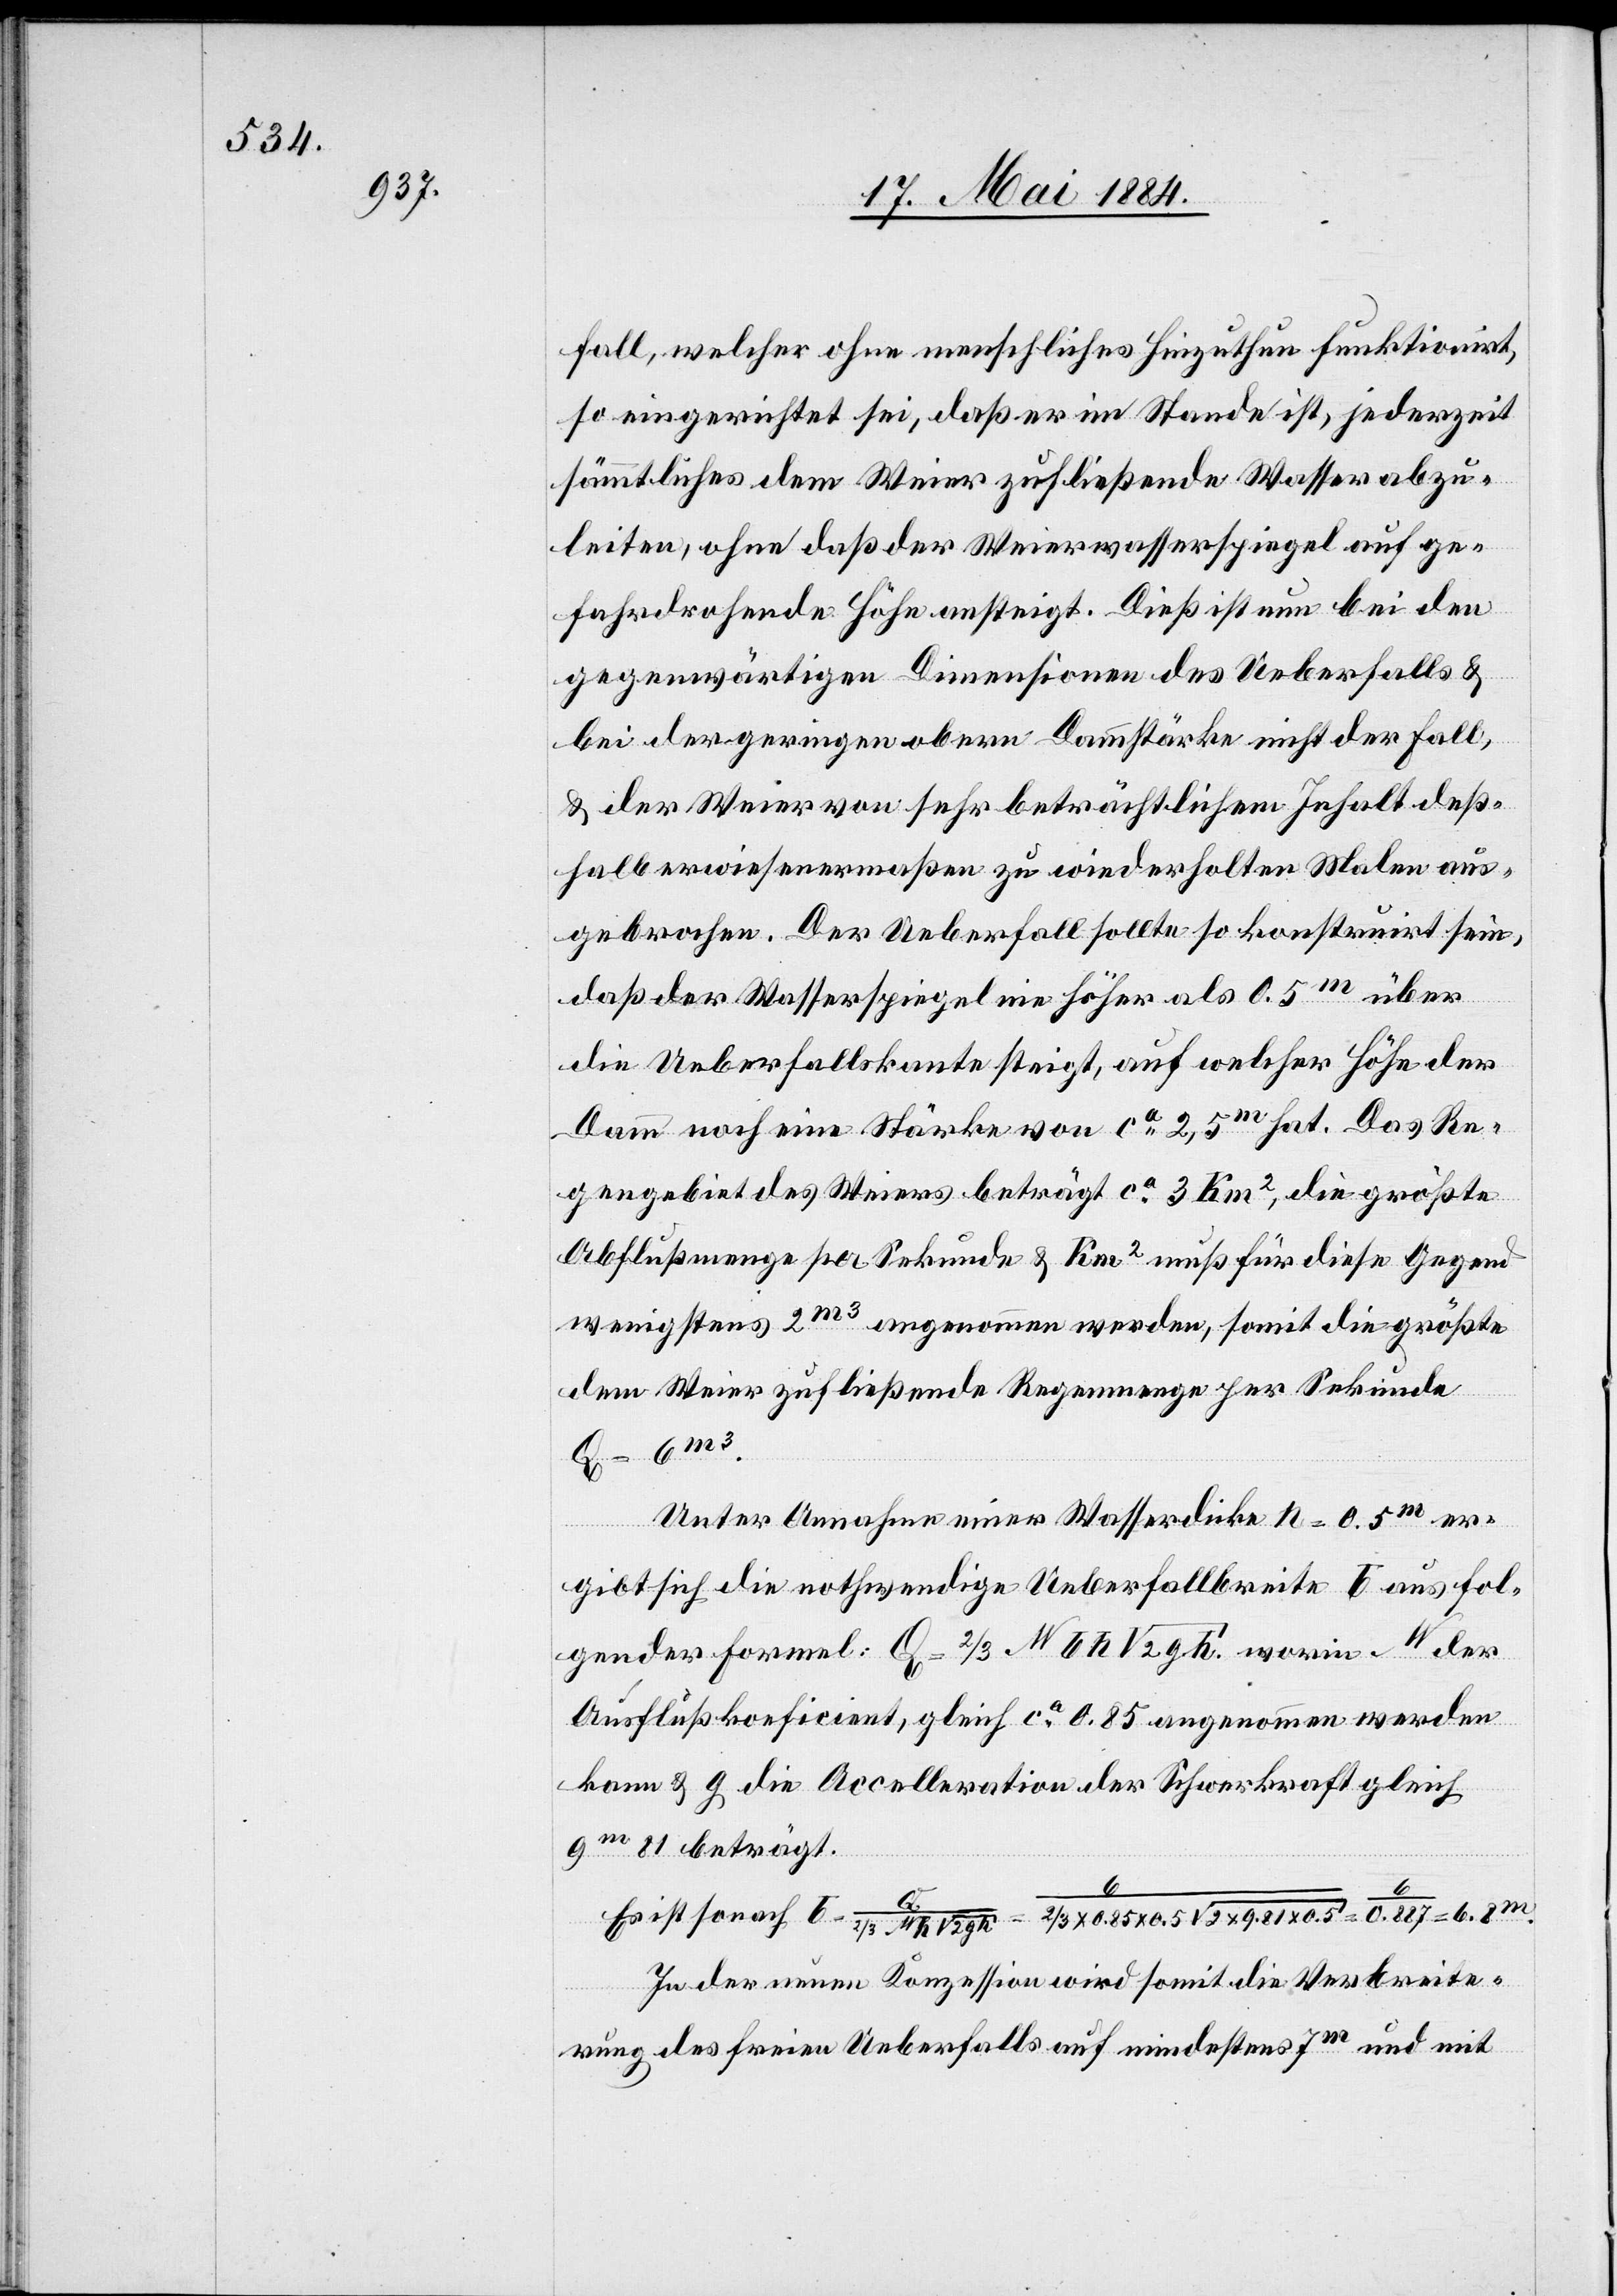
fall, welcher ohne menschliches Hinzuthun funktionirt,
so eingerichtet sei, daß er im Stande ist, jederzeit
sämmtliches dem Weier zufließende Wasser abzu¬
leiten, ohne daß der Weierwasserspiegel auf ge¬
fahrdrohende Höhe ansteigt. Dieß ist nun bei den
gegenwärtigen Dimensionen des Ueberfalls &
bei der geringen obern Dammstärke nicht der Fall
& der Weier von sehr beträchtlichem Inhalt deß¬
halb erwiesenermaßen zu weiderholten Malen aus¬
gebrochen. Der Ueberfall sollte so konstruirt sein,
√2
daß der Wasserspiegel nie höher als 0.5m über
die Ueberfallskante steigt, auf welcher Höhe der
Damm noch eine Stärke von ca 2,5m hat. Das Re¬
gengebiet des Weiers beträgt ca 3 km2, die größte
Abflußmenge per Sekunde & km2 muß für diese Gegend
wenigstens 2m3 angenommen werden, somit die größte
dem Weier zufließende Regenmenge per Sekunde
Unter Annahme einer Wasserdicke n = 0.5m er¬
gibt sich die nothwendige Ueberfallbreite t aus fol¬
gender Formel: Q = 2/3 W t h √2 g h. worin W der
Ausflußkoeficient, gleich ca 0.85 angenommen werden
kann & g die Accelleration der Schwerkraft gleich
9m 81 beträgt.
Es
In der neuen Konzession wird somit die Verbreite¬
rung des freien Ueberfalls auf mindestens 7m und mit